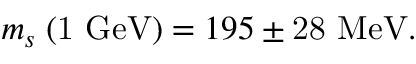
m _ { s } \; \mathrm { ( 1 ~ G e V ) } = 1 9 5 \pm \mathrm { 2 8 ~ M e V } .